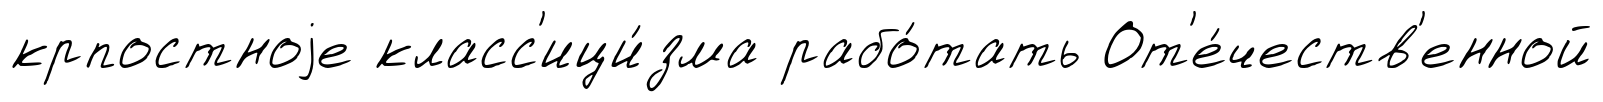
крпостноjе класс'ици́зма рабо́тать От'е́честв'енной